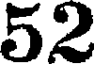
52